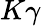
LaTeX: K\gamma